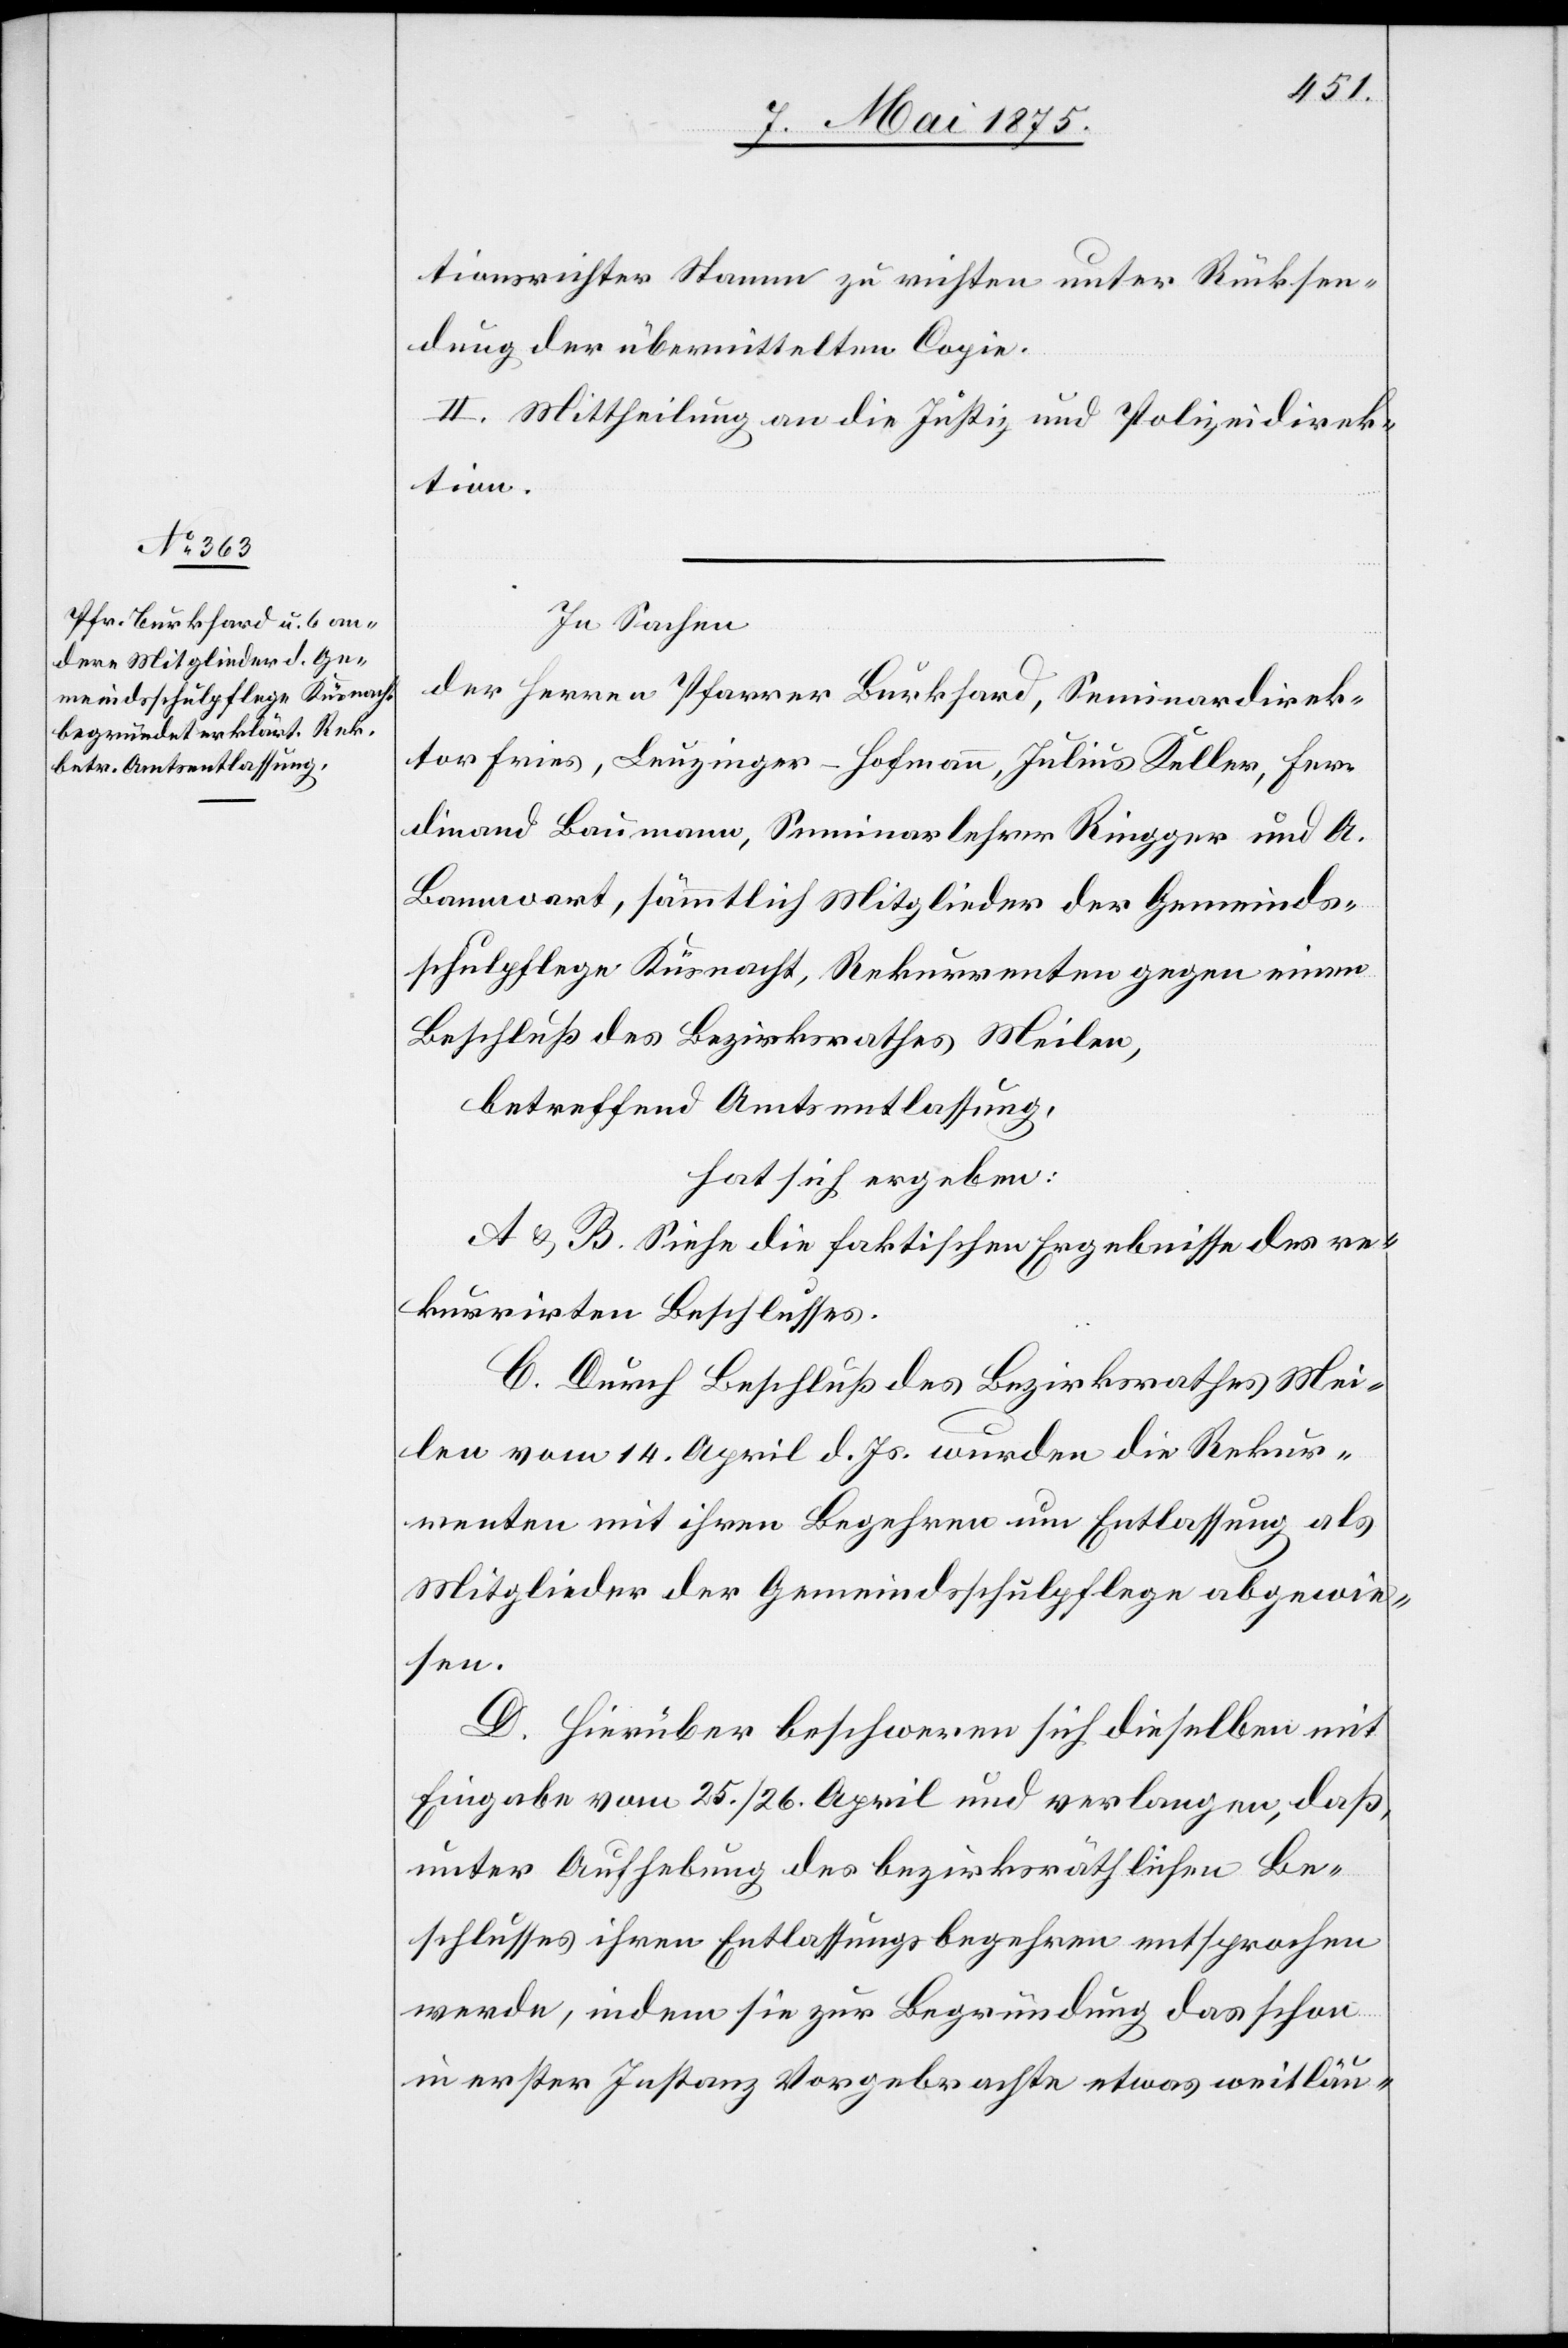
tionsrichter Stamm zu richten unter Rücksen¬
dung der übermittelten Copie.
II. Mittheilung an die Justiz und Polizeidirek¬
tion.
In Sachen
des Herren Pfarrer Burkhard, Seminardirek¬
tor Fries, Leuzinger-Hofmann, Julius Keller, Fer¬
dinand Baumann, Seminarlehrer Ringger und A.
Bannwart, sämmtlich Mitglieder der Gemeinds¬
schulpflege Küsnacht, Rekurrenten gegen einen
Beschluß des Bezirksrathes Meilen,
betreffend Amtsentlassung,
hat sich ergeben:
A&B. Siehe die faktischen Ergebnisse des re¬
kurrirten Beschlusses.
C. Durch Beschluss des Bezirksrathes Mei¬
len vom 14. April d. Js. wurden die Rekur¬
renten mit ihren Begehren um Entlassung als
Mitglieder der Gemeindsschulpflege abgewie¬
sen.
D. Hierüber beschweren sich dieselben mit
Eingabe vom 25./26. April und verlangen, daß,
unter Aufhebung des bezirksräthlichen Be¬
schlusses ihren Entlassungsbegehren entsprochen
werde, indem sie zur Begründung das schon
in erster Instanz Vorgebrachte etwas weitläu-